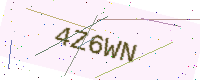
Text: 4Z6WN